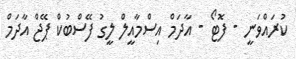
ކުރައްވަނީ - ފޮޓޯ - އާދަމް އިސްމާއީލް ލީގު ފޭސްބުކް ޕޭޖް އާދަމް